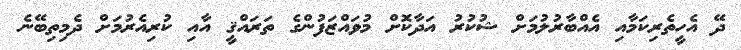
ދޭ އެހީތެރިކަމާއި އެއްބާރުލުމަށް ޝުކުރު އަދާކޮށް މުވައްޒަފުންގެ ތަރައްޤީ އާއި ކުރިއެރުމަށް ދެމިތިބޭނެ